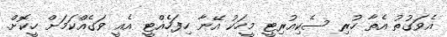
އެވަގުތު އެތާ ހުރި ސެކިއުރިޓީ މީހަކު އޭނާ ހިފަހެއްޓީ އެއީ ވަގެއްކަމަށް ހީކޮށް.